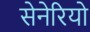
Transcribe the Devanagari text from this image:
सेनेरियो